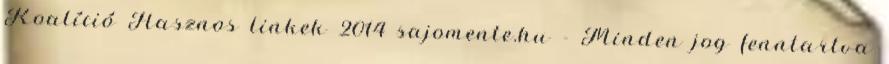
Koalíció Hasznos linkek 2014 sajomente.hu - Minden jog fenntartva